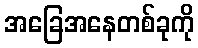
အခြေအနေတစ်ခုကို